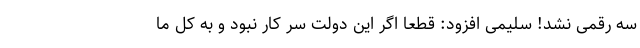
سه رقمی نشد! سلیمی افزود: قطعا اگر این دولت سر کار نبود و به کل ما